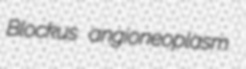
Blockus angioneoplasm